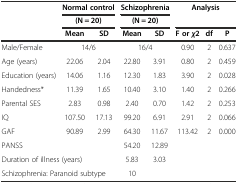
| <ROWSPAN=3>  | <COLSPAN=2> Normal control | <COLSPAN=2> Schizophrenia | <ROWSPAN=2-COLSPAN=3> Analysis |
 | <COLSPAN=2> (N = 20) | <COLSPAN=2> (N = 20) |
 | Mean | SD | Mean | SD | F orχ2 | df | P |
 | --- | --- | --- | --- | --- | --- | --- | --- |
 | Male/Female | <COLSPAN=2> 14/6 | <COLSPAN=2> 16/4 | 0.90 | 2 | 0.637 |
 | Age (years) | 22.06 | 2.04 | 22.80 | 3.91 | 0.80 | 2 | 0.459 |
 | Education (years) | 14.06 | 1.16 | 12.30 | 1.83 | 3.90 | 2 | 0.028 |
 | Handedness* | 11.39 | 1.65 | 10.40 | 3.10 | 1.40 | 2 | 0.266 |
 | Parental SES | 2.83 | 0.98 | 2.40 | 0.70 | 1.42 | 2 | 0.253 |
 | IQ | 107.50 | 17.13 | 99.20 | 6.91 | 2.91 | 2 | 0.066 |
 | GAF | 90.89 | 2.99 | 64.30 | 11.67 | 113.42 | 2 | 0.000 |
 | PANSS |  |  | 54.20 | 12.89 |  |  |  |
 | <COLSPAN=3> Duration of illness (years) | 5.83 | 3.03 |  |  |  |
 | <COLSPAN=3> Schizophrenia: Paranoid subtype | 10 |  |  |  |  |